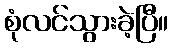
စုံလင်သွားခဲ့ပြီ။